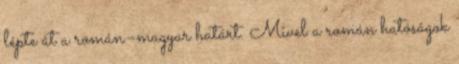
lépte át a román–magyar határt. Mivel a román hatóságok